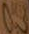
33